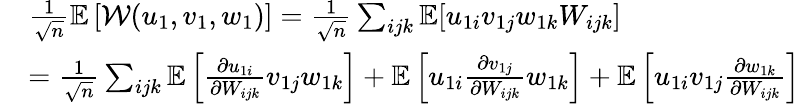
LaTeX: \begin{array}{rl}&{\frac{1}{\sqrt n}\mathbb{E}\left[{\mathcal{W}}(u_{1},v_{1},w_{1})\right]=\frac{1}{\sqrt n}\sum_{ijk}\mathbb{E}[u_{1i}v_{1j}w_{1k}W_{ijk}]}\\ &{=\frac{1}{\sqrt n}\sum_{ijk}\mathbb{E}\left[\frac{\partial u_{1i}}{\partial W_{ijk}}v_{1j}w_{1k}\right]+\mathbb{E}\left[u_{1i}\frac{\partial v_{1j}}{\partial W_{ijk}}w_{1k}\right]+\mathbb{E}\left[u_{1i}v_{1j}\frac{\partial w_{1k}}{\partial W_{ijk}}\right]}\end{array}